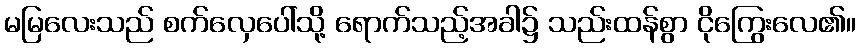
မမြလေးသည် စက်လှေပေါ်သို့ ရောက်သည့်အခါ၌ သည်းထန်စွာ ငိုကြွေးလေ၏။